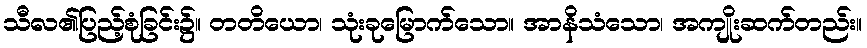
သီလ၏ပြည့်စုံခြင်း၌။ တတိယော၊ သုံးခုမြောက်သော။ အာနိသံသော၊ အကျိုးဆက်တည်း။